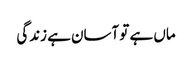
ماں ہے تو آسان ہے زندگی